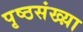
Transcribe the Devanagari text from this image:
पृष्ठसंख्य़ा